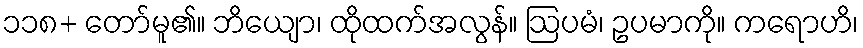
၁၁၈+ တော်မူ၏။ ဘိယျော၊ ထိုထက်အလွန်။ ဩပမံ၊ ဥပမာကို။ ကရောဟိ၊